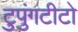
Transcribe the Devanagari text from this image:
टुपुंगटीटो